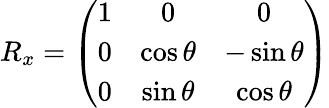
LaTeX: \begin{array}{r}{R_{x}=\left(\begin{array}{ccc}{1}&{0}&{0}\\ {0}&{\cos\theta}&{-\sin\theta}\\ {0}&{\sin\theta}&{\cos\theta}\end{array}\right)}\end{array}